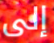
إلى